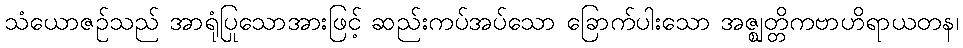
သံယောဇဉ်သည် အာရုံပြုသောအားဖြင့် ဆည်းကပ်အပ်သော ခြောက်ပါးသော အဇ္ဈတ္တိကဗာဟိရာယတန၊